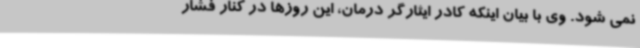
نمی شود. وی با بیان اینکه کادر ایثارگر درمان، این روزها در کنار فشار